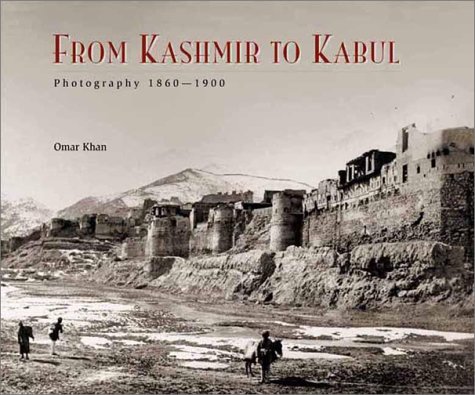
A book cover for From Kashmir to Kabul: The Photographs of Burke and Baker, 1860-1900; Omar A. Khan; Travel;